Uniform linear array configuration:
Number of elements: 8
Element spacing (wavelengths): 0.25
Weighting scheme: hamming
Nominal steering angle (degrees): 0
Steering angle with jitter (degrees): -0.2376
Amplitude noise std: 0.05
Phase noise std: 0.05

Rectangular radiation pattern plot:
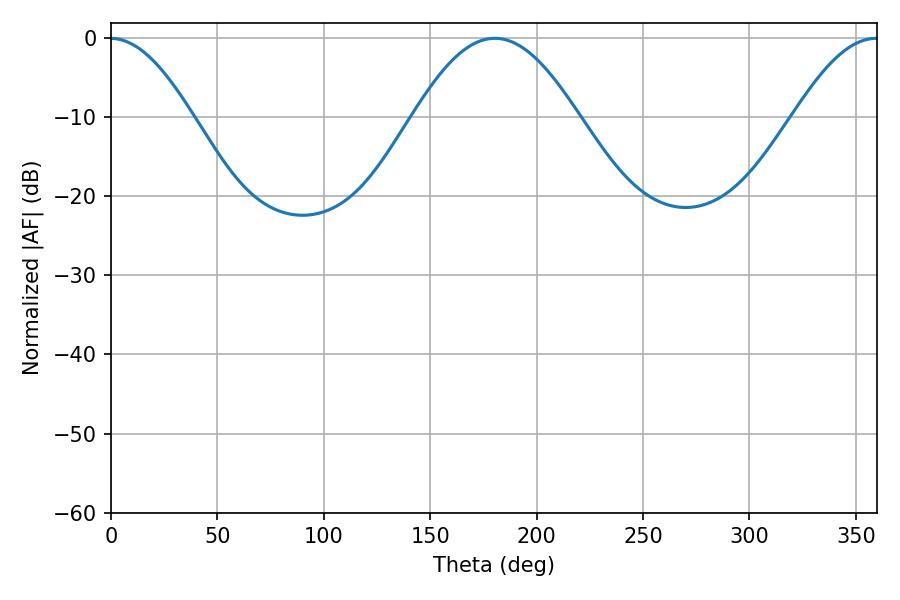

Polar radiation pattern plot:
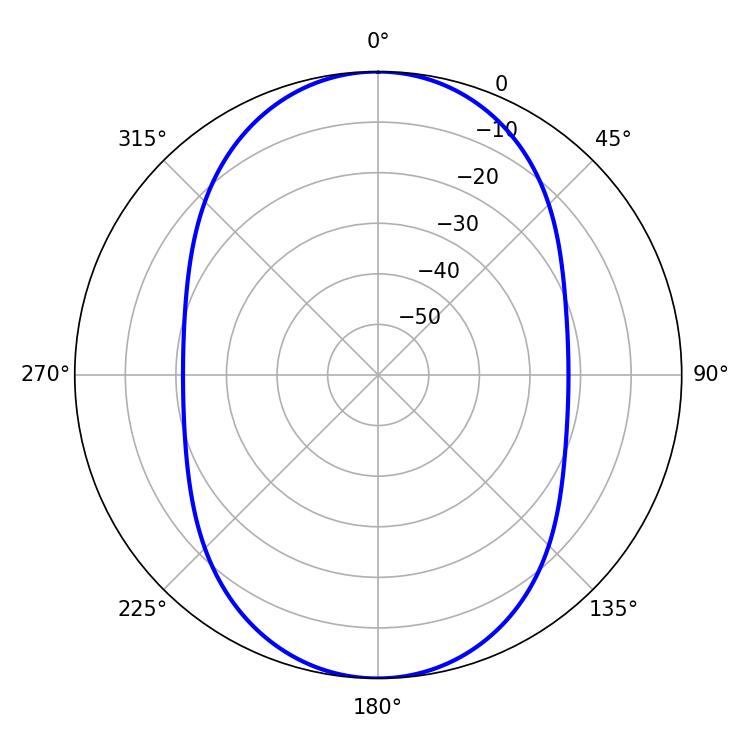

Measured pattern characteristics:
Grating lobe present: FALSE
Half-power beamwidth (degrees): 41.58
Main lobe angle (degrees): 180.36